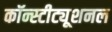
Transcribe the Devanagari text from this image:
कॉन्स्टीट्यूशनल